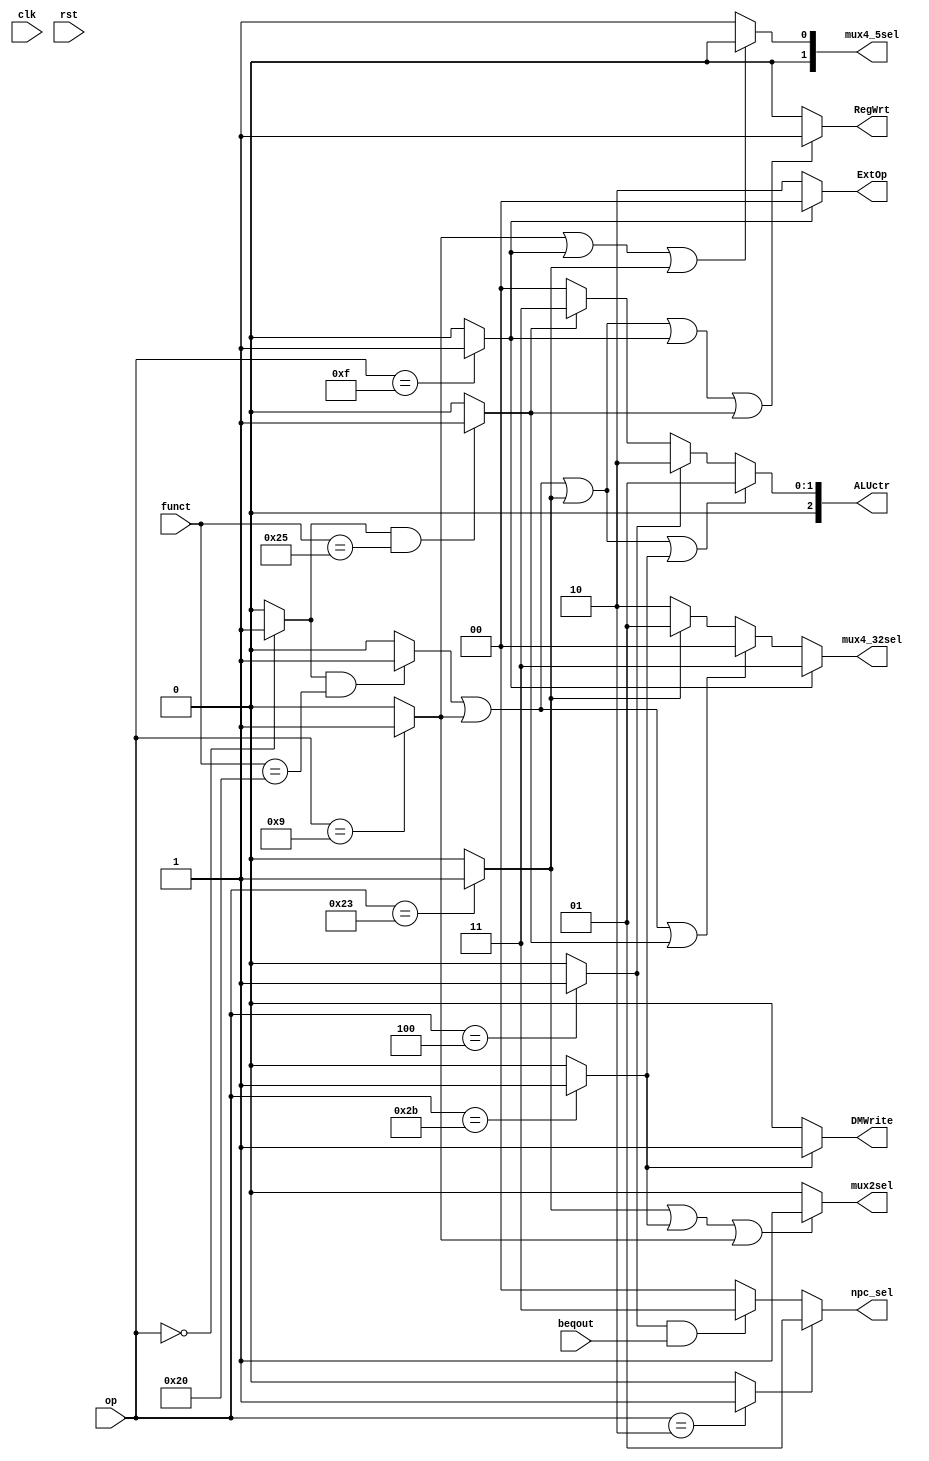
module ctrl (clk,rst,op,funct,beqout,ALUctr,DMWrite,npc_sel,RegWrt,ExtOp,mux4_5sel,mux4_32sel,mux2sel);//ALUctr[1:0]
   input      	 clk,rst;
   input       	beqout;//made by alu
   input [5:0]  op,funct;
   
   //control signal out
   output [2:0] ALUctr;
   output       DMWrite;
   output [1:0] npc_sel;
   output       RegWrt;
   output [1:0] ExtOp;
   
   output [1:0] mux4_5sel;
   output [1:0] mux4_32sel;
   output mux2sel;
   
   wire Rtype,add,addiu,lw,sw,j,beq,OR;//Rtype,addu,subu,ori,lw,sw,beq,lui,addi,addiu,slt,j,jal,jr,lb,lbu,lh,lhu,sb,sh,slti;   //former
   //wire add,sub,sll,srl,sra,sllv,srlv,srav,AND,OR,XOR,NOR,andi,xori,sltiu,bne,blez,bgtz,bltz,bgez,jalr;//added
   //???
   assign Rtype = (op==6'b000000)?1:0;//!
   assign add   = (Rtype&&funct==6'b100000)?1:0;   	//&& ???it's better to be included in "head.v"
   assign sub   = (Rtype&&funct==6'b100010)?1:0;
   assign lw    = (op==6'b100011)?1:0;
   assign sw    = (op==6'b101011)?1:0;
   assign beq   = (op==6'b000100)?1:0;
   assign lui   = (op==6'b001111)?1:0;
   assign addiu = (op==6'b001001)?1:0;
   assign j     = (op==6'b000010)?1:0;
   assign OR 	= (Rtype&&funct==6'b100101)?1:0;	//why &&  PLZ SEE LINE 20
  

   
            //(add||addiu||lw||sw)?3'b001:(beq)?3'b010:3'b000;
   assign DMWrite = (sw)?'b1:'b0;//COMPLETE
   assign npc_sel= (j)?2'b01:(beq&&beqout)?2'b11:2'b00;  //singular  valuebeq?11//COMPLETE
   assign RegWrt =(add||addiu||lw||lui||OR)?'b1:'b0;//JAL???????????????//COMPLETE
   assign ExtOp =(lui)?2'b00:(lw||sw)?2'b10:2'b10;//EXT//OR DONT USE EXTOP//COMPLETE
   assign mux4_5sel =  (addiu||lui||lw)?2'b00:2'b01;//add-regdst//OR SAVE DATE AT RD//COMPLETE
   assign mux2sel  = (lw||sw||addiu)?'b1:'b0;//beq-ALUSRC//complete
   assign mux4_32sel = (lui)?2'b11:(add||addiu||OR)?2'b00:(lw)?2'b01:2'b10;//??????pc+4????JAL-MEMTOREG//complete
   
   assign ALUctr = (add||addiu||lw||sw)?3'b001:(beq)?3'b010:(OR)?3'b011:3'b000;//ALUCLASS//using sub to complete beq
   
endmodule